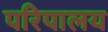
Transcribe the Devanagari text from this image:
परिपालय